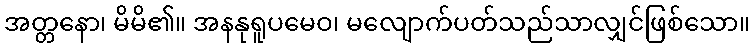
အတ္တနော၊ မိမိ၏။ အနနုရူပမေဝ၊ မလျောက်ပတ်သည်သာလျှင်ဖြစ်သော။